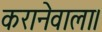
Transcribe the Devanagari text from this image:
करानेवाला।